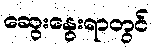
ဆွေးနွေးရာတွင်